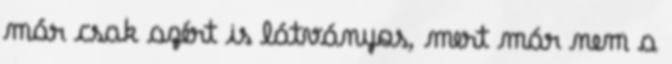
már csak azért is látványos, mert már nem a